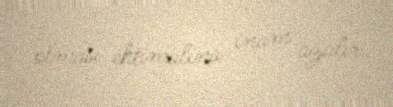
olması ehtimalına inam azalır.